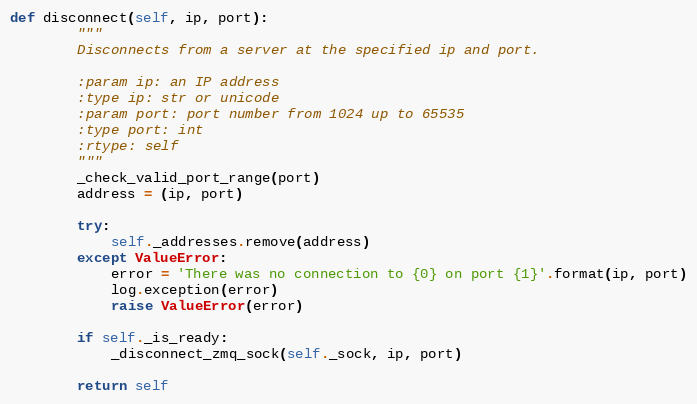
Language: Python
def disconnect(self, ip, port):
        """
        Disconnects from a server at the specified ip and port.

        :param ip: an IP address
        :type ip: str or unicode
        :param port: port number from 1024 up to 65535
        :type port: int
        :rtype: self
        """
        _check_valid_port_range(port)
        address = (ip, port)

        try:
            self._addresses.remove(address)
        except ValueError:
            error = 'There was no connection to {0} on port {1}'.format(ip, port)
            log.exception(error)
            raise ValueError(error)

        if self._is_ready:
            _disconnect_zmq_sock(self._sock, ip, port)

        return self